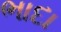
ભાદા